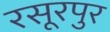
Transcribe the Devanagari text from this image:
रसूरपुर